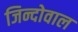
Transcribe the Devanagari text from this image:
जिन्दोवाल